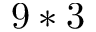
9 * 3